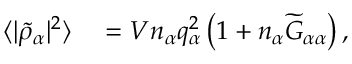
\begin{array} { r l } { \langle | \widetilde { \rho } _ { \alpha } | ^ { 2 } \rangle } & { { } = V n _ { \alpha } q _ { \alpha } ^ { 2 } \left( 1 + n _ { \alpha } \widetilde { G } _ { \alpha \alpha } \right) , } \end{array}